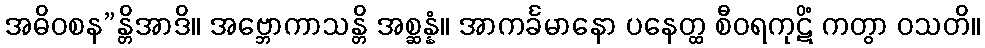
အဓိဝစန”န္တိအာဒိ။ အဗ္ဘောကာသန္တိ အစ္ဆန္နံ။ အာကင်္ခမာနော ပနေတ္ထ စီဝရကုဋိံ ကတွာ ဝသတိ။